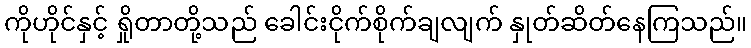
ကိုဟိုင်နှင့် ရှိုတာတို့သည် ခေါင်းငိုက်စိုက်ချလျက် နှုတ်ဆိတ်နေကြသည်။